Indian journal of veterinary science and animal husbandry - Volume 1,
Year: 1931
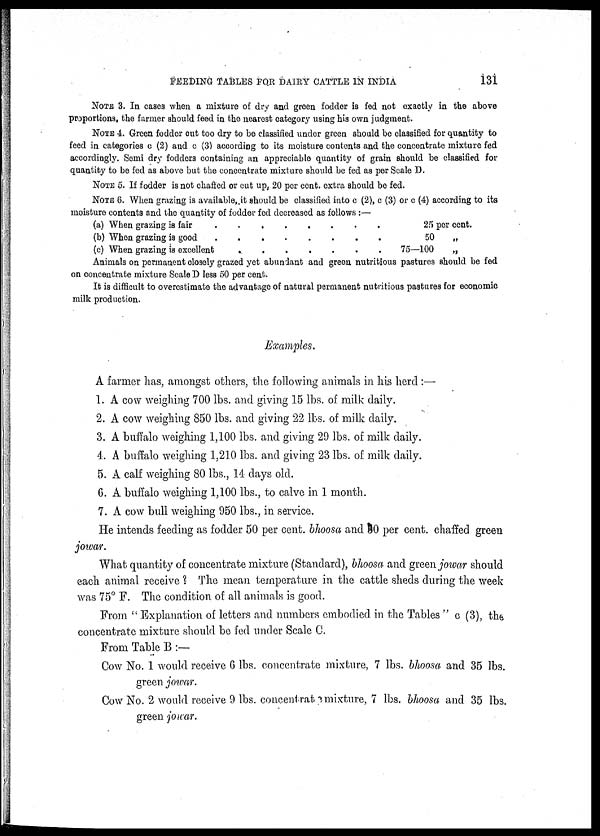
FEEDING TABLES FOR DAIRY CATTLE IN INDIA
131
NOTE 3. In cases when a mixture of dry and green fodder is fed not exactly in the above
proportions, the farmer should feed in the nearest category using his own judgment.
NOTE 4. Green fodder out too dry to be classified under green should be classified for quantity to
feed in categories c (2) and c (3) according to its moisture contents and the concentrate mixture fed
accordingly. Semi dry fodders containing an appreciable quantity of grain should be classified for
quantity to be fed as above but the concentrate mixture should be fed as per Scale D.
NOTE 5. If fodder is not chaffed or cut up, 20 per cent. extra should be fed.
NOTE 6. When grazing is available,.it should be classified into c (2), c (3) or c (4) according to its
moisture contents and the quantity of fodder fed decreased as follows :—
(a) When grazing is fair
........
25
per cent.
(b) When grazing is good
50
„
(c) When grazing is excellent
.......
75—100
„
Animals on permanent closely grazed yet abundant and green nutritious pastures should be fed
on concentrate mixture Scale D less 50 per cent.
It is difficult to overestimate the advantage of natural permanent nutritious pastures for economic
milk production.
Examples.
A farmer has, amongst others, the following animals in his herd :—
1. A cow weighing 700 lbs. and giving 15 lbs. of milk daily.
2. A cow weighing 850 lbs. and giving 22 lbs. of milk daily.
3. A buffalo weighing 1,100 lbs. and giving 29 lbs. of milk daily.
4. A buffalo weighing 1,210 lbs. and giving 23 lbs. of milk daily.
5. A calf weighing 80 lbs., 14 days old.
6. A buffalo weighing 1,100 lbs., to calve in 1 month.
7. A cow bull weighing 950 lbs., in service.
He intends feeding as fodder 50 per cent. bhoosa and 80 per cent. chaffed green
jowar.
What quantity of concentrate mixture (Standard), bhoosa and green jowar should
each animal receive ? The mean temperature in the cattle sheds during the week
was 75° F. The condition of all animals is good.
From " Explanation of letters and numbers embodied in the Tables " c (3), the
concentrate mixture should be fed under Scale C.
From Table B :—
Cow No. 1 would receive 6 lbs. concentrate mixture, 7 lbs. bhoosa and 35 lbs.
green jowar.
Cow No. 2 would receive 9 lbs. concentrate mixture, 7 lbs. bhoosa and 35 lbs.
green jowar.